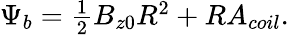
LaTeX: \begin{array}{r}{\Psi_{b}=\frac{1}{2}B_{z0}R^{2}+RA_{coil}.}\end{array}